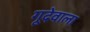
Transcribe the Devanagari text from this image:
गूदेवाला